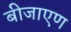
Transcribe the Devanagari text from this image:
बीजाएण